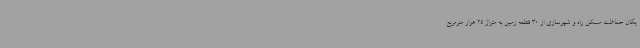
یگان حفاظت مسکن راه و شهرسازی از 30 قطعه زمین به متراژ 25 هزار مترمربع